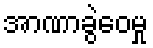
အာဏာခွဲဝေမှု